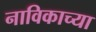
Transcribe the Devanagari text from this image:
नाविकाच्या